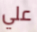
علي